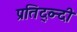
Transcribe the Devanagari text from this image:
प्रतिद्व्न्दी